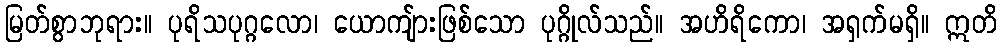
မြတ်စွာဘုရား။ ပုရိသပုဂ္ဂလော၊ ယောကျ်ားဖြစ်သော ပုဂ္ဂိုလ်သည်။ အဟိရိကော၊ အရှက်မရှိ။ ဣတိ